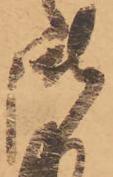
御